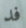
فد